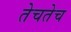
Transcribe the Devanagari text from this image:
तेचतेच